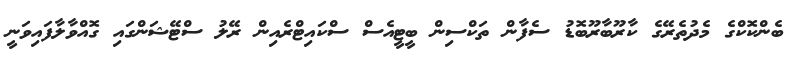
ބެންކޮކްގެ މެދުތެރޭގެ ކާރޫބާރޫބޮޑު ސެފާން ތަކްސިން ބީޓީއެސް ސްކައިޓްރެއިން ރޭލު ސްޓޭޝަންގައި ގޮއްވާލާފައިވަނީ